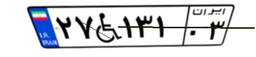
۶۵W۹۶۵۴۳